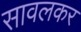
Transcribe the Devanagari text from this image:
सावलकर